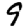
Digit: 9